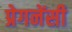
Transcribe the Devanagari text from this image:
प्रेगनेंसी